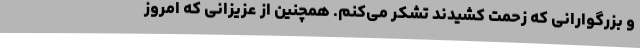
و بزرگوارانی که زحمت کشیدند تشکر می‌کنم. همچنین از عزیزانی که امروز